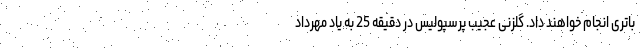
باتری انجام خواهند داد. گلزنی عجیب پرسپولیس در دقیقه 25 به یاد مهرداد